Leaving Certificate Examination, 1910
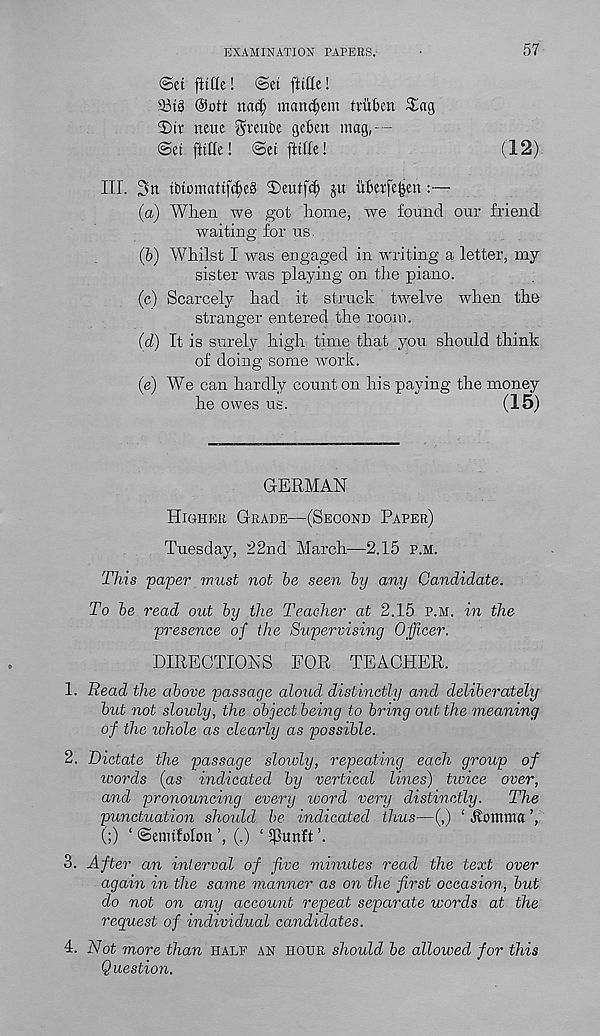
EXAMINATION PAPERS.
57
<3et (title! @et (title!
a3i§ Oott tiad; matt<$em tfiiben 3!ag
2)ir neue ^reube geben mag,- -
@ei (titte! @ei (title!
(12)-
III. 2m ibiomati(c(e§ S)eut(c( ju ubeefe^en:—
(a) Wlieii we got home, we found our friend
waiting for us.
(fe) Whilst I was engaged in writing a letter, my
sister w r as playing on the piano.
(c) Scarcely had it struck twelve when the
stranger entered the room.
(d) It is surely high time that you. should think
of doing some work.
(e) We can hardly count on his paying the money
he owes us.
(15)
GERMAN
Higher Grade—(Second Paper)
Tuesday, 22nd March—2.15 p.m.
This paper must not be seen by any Candidate.
To be read out by the Teacher at 2.15 p.m. in the
presence of the Supervising Officer.
DIRECTIONS FOR TEACHER.
1. Bead the above passage aloud distinctly and deliberately
but not slowly, the object being to bring out the meaning
of the whole as clearly as possible.
2. Dictate the passage slowly, repeating each group of
words (as indicated by vertical lines) twice over,
and pronouncing every word very distinctly.
The
punctuation should be indicated thus—(,) ‘ jlomma ’,
(;) ‘ ©emiMon ’, (.) ‘ tpunft ’.
3. After an interval of five minutes read the text over
again in the same manner as on the first occasion, but
do not on any account repeat separate words at the
request of individual candidates.
4. Not more than half an hour should be allowed for this
Question.